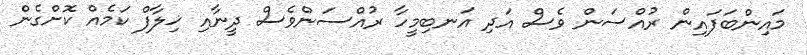
މައިންބަފައިން ރުއްސަން ވެސް އަދި އަނބިމީހާ ރުއްސަންވެސް ދީނާއި ޚިލާފް ކަމެއް ކޮށްގެން